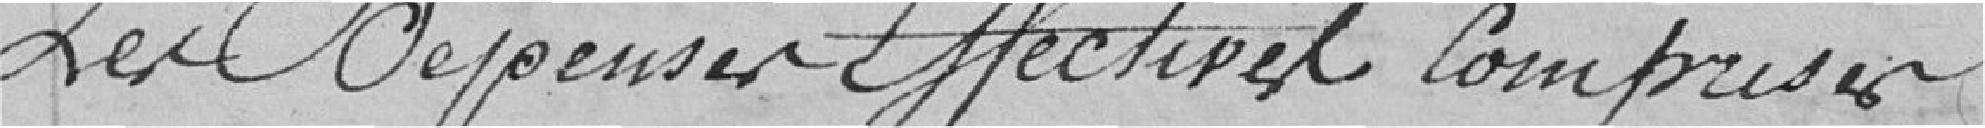
Les dépenses effectives comprises